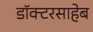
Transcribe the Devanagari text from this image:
डॉक्टरसाहेब